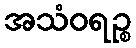
အသံဝရဉ္စ